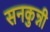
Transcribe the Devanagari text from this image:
सनकुन्नी